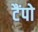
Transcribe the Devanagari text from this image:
टैंपो